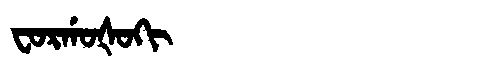
Manchu: ᠸᠣᡵᡤᠣᡧᠣᡴᡳ
Romanization: FORGOŠOKI